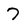
Character: 7